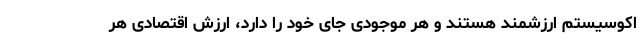
اکوسیستم ارزشمند هستند و هر موجودی جای خود را دارد، ارزش اقتصادی هر